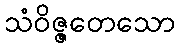
သံဝိဇ္ဇတေသော